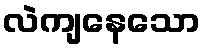
လဲကျနေသော